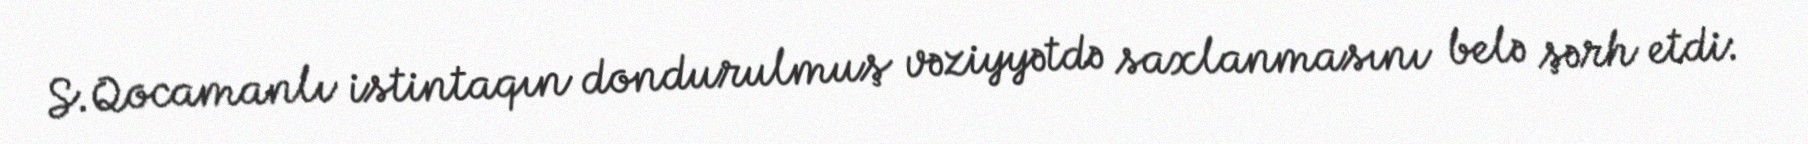
S.Qocamanlı istintaqın dondurulmuş vəziyyətdə saxlanmasını belə şərh etdi: